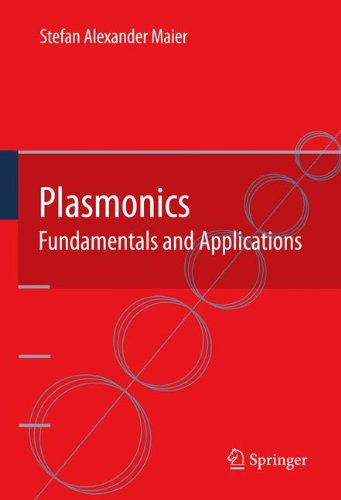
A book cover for Plasmonics: Fundamentals and Applications; Stefan Alexander Maier; Science & Math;